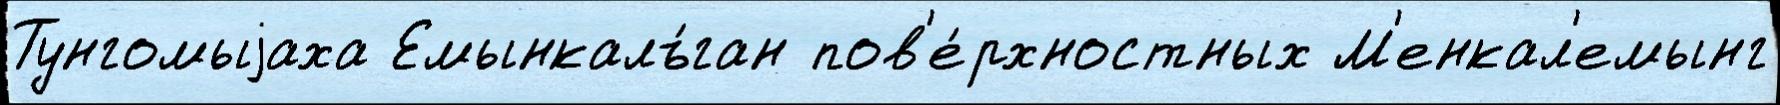
Тунгомыjаха Емынкалъ́ган пов'е́рхностных М'енкал'емынг